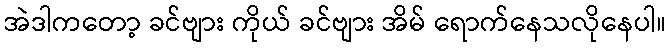
အဲဒါကတော့ ခင်ဗျား ကိုယ် ခင်ဗျား အိမ် ရောက်နေသလိုနေပါ။